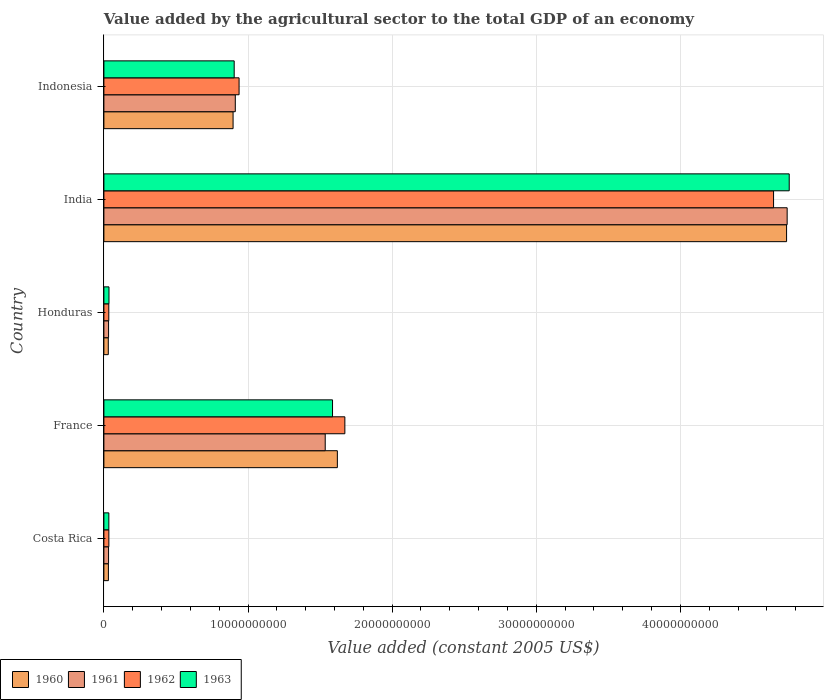
| Country | 1960 | 1961 | 1962 | 1963 |
 | --- | --- | --- | --- | --- |
 | Costa Rica | 3.13e+08 | 3.24e+08 | 3.44e+08 | 3.43e+08 |
 | France | 1.62e+10 | 1.54e+10 | 1.67e+10 | 1.59e+10 |
 | Honduras | 3.05e+08 | 3.25e+08 | 3.41e+08 | 3.53e+08 |
 | India | 4.74e+10 | 4.74e+10 | 4.65e+10 | 4.76e+10 |
 | Indonesia | 8.96e+09 | 9.12e+09 | 9.38e+09 | 9.04e+09 |